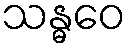
သန္ဓဝေ